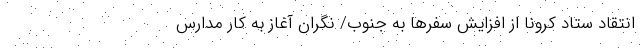
انتقاد ستاد کرونا از افزایش سفرها به جنوب/ نگران آغاز به کار مدارس